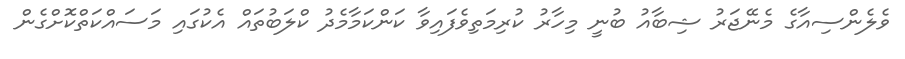
ވެލެންސިއާގެ މެނޭޖަރު ޝިބާއު ބުނީ މިހާރު ކުރިމަތިވެފައިވާ ކަންކަމާމެދު ކްލަބުތައް އެކުގައި މަސައްކަތްކޮށްގެން